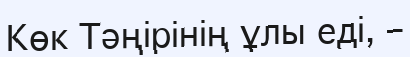
Көк Тәңірінің ұлы еді, –